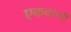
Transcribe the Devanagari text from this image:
एकवाणी